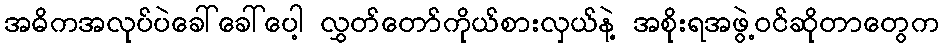
အဓိကအလုပ်ပဲခေါ်ခေါ်ပေါ့ လွှတ်တော်ကိုယ်စားလှယ်နဲ့ အစိုးရအဖွဲ့ဝင်ဆိုတာတွေက